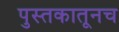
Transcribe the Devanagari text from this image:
पुस्तकातूनच